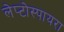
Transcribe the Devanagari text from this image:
लेप्टोस्पायरा